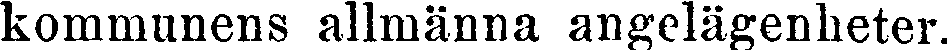
kommunens allmänna angelägenheter.